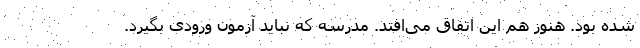
شده بود. هنوز هم این اتفاق می‌افتد. مدرسه که نباید آزمون ورودی بگیرد.